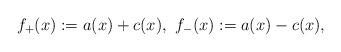
LaTeX: \begin{align*}f_+(x):=a(x)+c(x),~f_-(x):=a(x)-c(x),\end{align*}